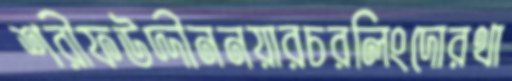
শরীফউদ্দীননয়ারচরলিংদোরথা